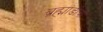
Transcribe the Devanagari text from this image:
ब्रह्मांडीची